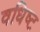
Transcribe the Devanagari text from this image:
वधिष्ट